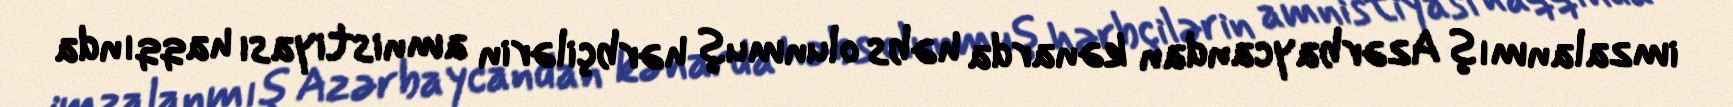
imzalanmış Azərbaycandan kənarda həbs olunmuş hərbçilərin amnistiyası haqqında